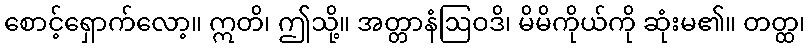
စောင့်ရှောက်လော့။ ဣတိ၊ ဤသို့။ အတ္တာနံဩဝဒိ၊ မိမိကိုယ်ကို ဆုံးမ၏။ တတ္ထ၊